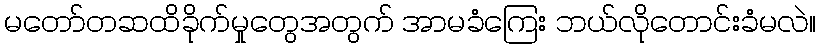
မတော်တဆထိခိုက်မှုတွေအတွက် အာမခံကြေး ဘယ်လိုတောင်းခံမလဲ။